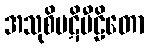
အသုစိပဋိပီဠိတော